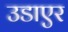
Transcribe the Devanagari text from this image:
उडाएर